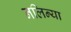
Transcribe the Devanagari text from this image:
नलिन्या